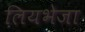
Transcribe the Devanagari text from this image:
लियभेजा